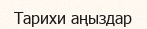
Тарихи аңыздар